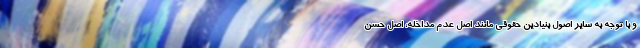
و با توجه به سایر اصول بنیادین حقوقی مانند اصل عدم مداخله، اصل حسن